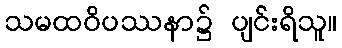
သမထဝိပဿနာ၌ ပျင်းရိသူ။